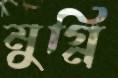
মুগ্নি